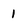
Character: 1